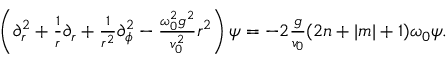
\begin{array} { r } { \left( \partial _ { r } ^ { 2 } + \frac { 1 } { r } \partial _ { r } + \frac { 1 } { r ^ { 2 } } \partial _ { \phi } ^ { 2 } - \frac { \omega _ { 0 } ^ { 2 } g ^ { 2 } } { v _ { 0 } ^ { 2 } } r ^ { 2 } \right) \psi = - 2 \frac { g } { v _ { 0 } } ( 2 n + | m | + 1 ) \omega _ { 0 } \psi . } \end{array}